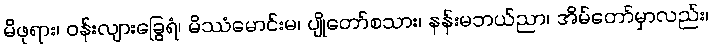
မိဖုရား၊ ဝန်းလျားခြွေရံ၊ မိဿံမောင်းမ၊ ပျိုတော်စသား၊ နန်းမဘယ်ညာ၊ အိမ်တော်မှာလည်း၊